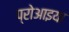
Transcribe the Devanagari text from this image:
प्रोआइया